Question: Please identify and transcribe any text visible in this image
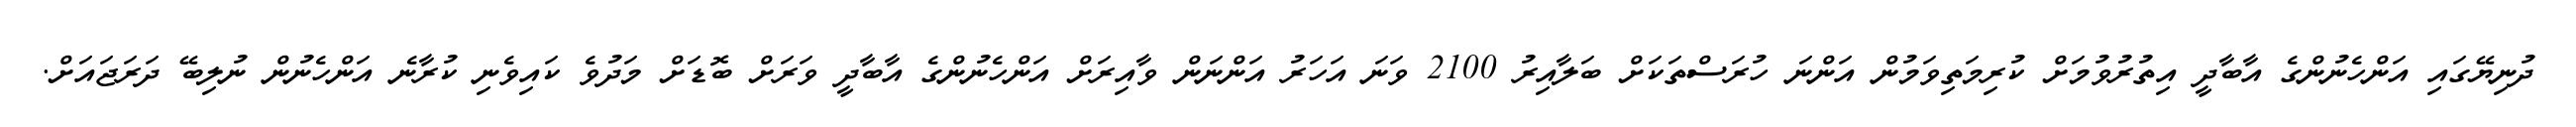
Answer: ދުނިޔޭގައި އަންހެނުންގެ އާބާދީ އިތުރުވުމަށް ކުރިމަތިވަމުން އަންނަ ހުރަސްތަކަށް ބަލާއިރު 2100 ވަނަ އަހަރު އަންނަން ވާއިރަށް އަންހެނުންގެ އާބާދީ ވަރަށް ބޮޑަށް މަދުވެ ކައިވެނި ކުރާނެ އަންހެނުން ނުލިބޭ ދަރަޖައަށް.